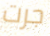
جرت